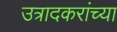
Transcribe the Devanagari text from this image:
उत्रादकरांच्या